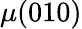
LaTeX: \mu(010)